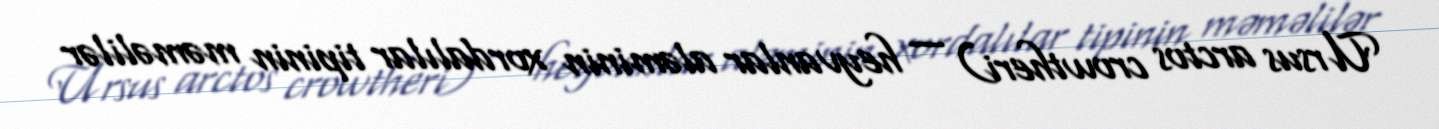
Ursus arctos crowtheri) — heyvanlar aləminin xordalılar tipinin məməlilər